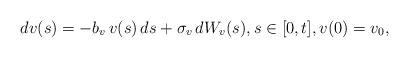
LaTeX: \begin{align*} d v(s) = -b_v \, v(s) \, ds + \sigma_v \, dW_v(s), s \in [0,t], v(0) = v_0,\end{align*}